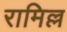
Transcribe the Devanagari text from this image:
रामिल्ल